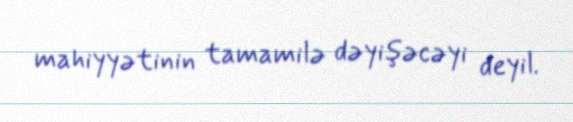
mahiyyətinin tamamilə dəyişəcəyi deyil.